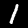
Digit: 1